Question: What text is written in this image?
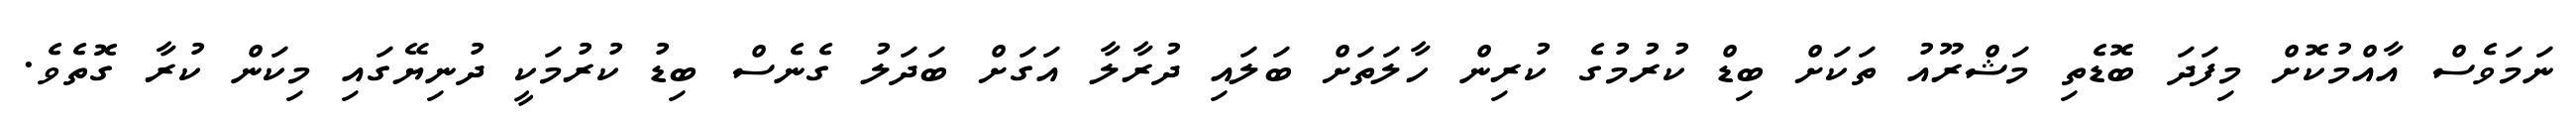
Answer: ނަމަވެސް އާއްމުކޮށް މިފަދަ ބޮޑެތި މަޝްރޫއު ތަކަށް ބިޑް ކުރުމުގެ ކުރިން ހާލަތަށް ބަލައި ދުރާލާ އަގަށް ބަދަލު ގެނެސް ބިޑު ކުރުމަކީ ދުނިޔޭގައި މިކަން ކުރާ ގޮތެވެ.